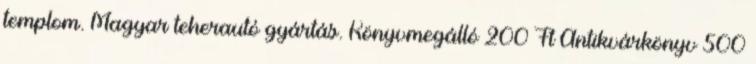
templom. Magyar teherautó gyártás. Könyvmegálló 200 Ft Antikvárkönyv 500